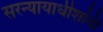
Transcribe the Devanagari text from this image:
सरन्यायाधीशांनी